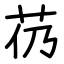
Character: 芿